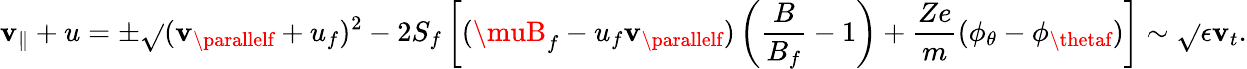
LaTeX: \mathbf{v}_{\parallel}+u=\pm\sqrt{}{{(\mathbf{v}_{\parallelf}+u_{f})^{2}-2S_{f}\left[(\muB_{f}-u_{f}\mathbf{v}_{\parallelf})\left(\frac{{B}}{{B_{f}}}-1\right)+\frac{{Ze}}{{m}}(\phi_{\theta}-\phi_{\thetaf})\right]}}\sim\sqrt{}{{\epsilon}}\mathbf{v}_{t}.